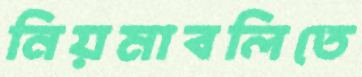
নিয়মাবলিতে